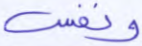
ونفس